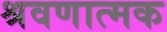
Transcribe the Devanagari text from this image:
श्रवणात्मक